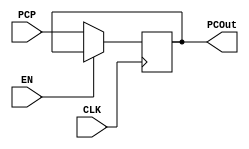
`timescale 1ns / 1ps
//////////////////////////////////////////////////////////////////////////////////
// Company: 
// Engineer: 
// 
// Design Name: 
// Module Name: PC
// Project Name: 
// Target Devices: 
// Tool Versions: 
// Description: 
// 
// Dependencies: 
// 
// Revision:
// Revision 0.01 - File Created
// Additional Comments:
// 
//////////////////////////////////////////////////////////////////////////////////


/// PC ///
module PC(
input CLK,EN,
input [31 : 0] PCP,
output [31 : 0] PCOut //32-BIT INSTRUCTION THAT IS FETCHED INTO INSTRUCTION MEMORY
);

reg [31 : 0] next;

initial begin
    next = 32'h00000000;
end

always @(posedge CLK) begin
    if(EN == 1'b0)begin
    next <= PCP;        //Reads from PC' 
    end
    
end

assign PCOut = next;    //Fetch address assogned to PCOut

endmodule